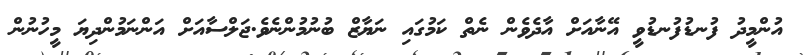
އުންމީދު ފުނޑުފުނޑުވީ އޭނާއަށް އާދެވެން ނެތް ކަމުގައި ނަޔާޒް ބުނުމުންނެވެ.ޖަލްސާއަށް އަންނަމުންދިޔަ މީހުނުން